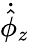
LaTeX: \dot{\hat{\phi}}_{z}